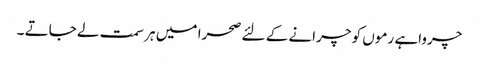
چرواہے رموں کو چرانے کے لئے صحرا میں ہر سمت لے جاتے ۔